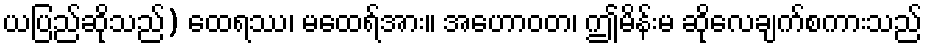
ယပြည်ဆိုသည်) ထေရဿ၊ မထေရ်အား။ အဟောဝတ၊ ဤမိန်းမ ဆိုလေချက်စကားသည်